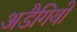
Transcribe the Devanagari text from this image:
अडैगियो